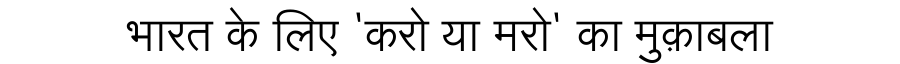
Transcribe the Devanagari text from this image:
भारत के लिए 'करो या मरो' का मुक़ाबला